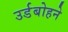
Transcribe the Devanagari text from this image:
उर्डबोहने